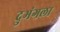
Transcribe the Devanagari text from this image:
दुभंगला